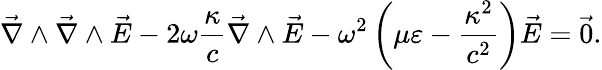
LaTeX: \vec{\nabla}\wedge\vec{\nabla}\wedge\vec{E}-2\omega\frac{\kappa}{c}\vec{\nabla}\wedge\vec{E}-\omega^{2}\left(\mu\varepsilon-\frac{\kappa^{2}}{c^{2}}\right)\vec{E}=\vec{0}.